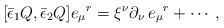
\begin{align*}{}[ \bar\epsilon_1 Q, \bar\epsilon_2 Q ] e_\mu{}^r =\xi^\nu \partial_\nu\, e_\mu{}^r+ \cdots\, ,\end{align*}